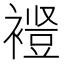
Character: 𫌋